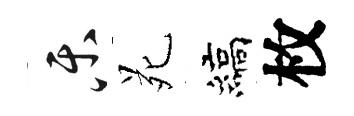
乐苑縞枚